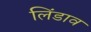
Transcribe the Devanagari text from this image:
लिंडाव